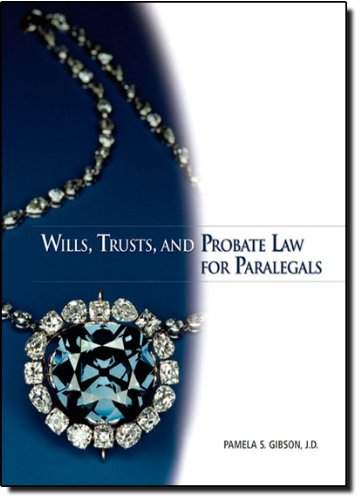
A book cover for Wills, Trusts, and Probate Law for Paralegals; Pamela S. Gibson; Law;